Vaccination in Burma 1912-1922 - 1912-1922
Year: 1912
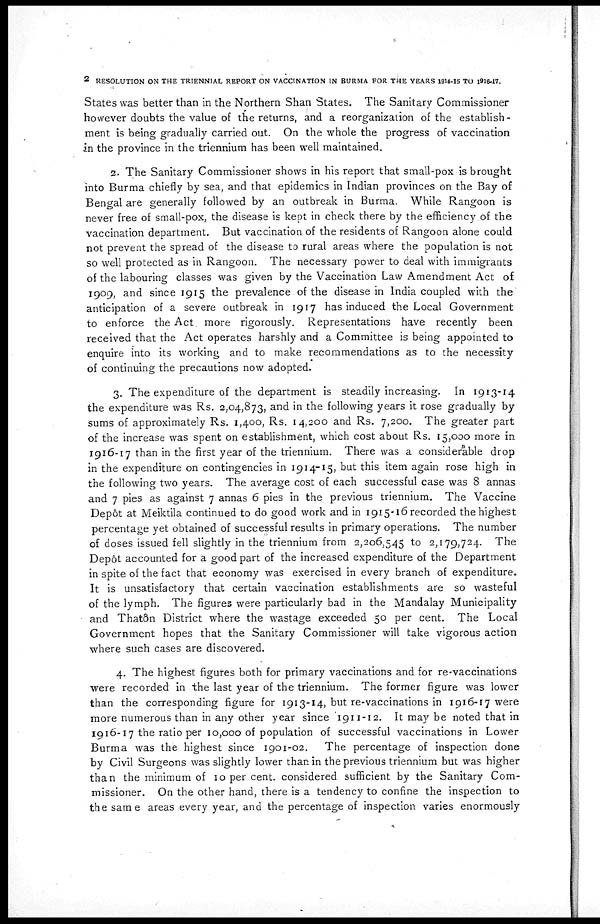
2 RESOLUTION ON THE TRIENNIAL REPORT ON VACCINATION IN BURMA FOR THE YEARS 1914-15 TO 1916-17.
States was better than in the Northern Shan States. The Sanitary Commissioner
however doubts the value of the returns, and a reorganization of the establish-
ment is being gradually carried out. On the whole the progress of vaccination
in the province in the triennium has been well maintained.
2. The Sanitary Commissioner shows in his report that small-pox is brought
into Burma chiefly by sea, and that epidemics in Indian provinces on the Bay of
Bengal are generally followed by an outbreak in Burma. While Rangoon is
never free of small-pox, the disease is kept in check there by the efficiency of the
vaccination department. But vaccination of the residents of Rangoon alone could
not prevent the spread of the disease to rural areas where the population is not
so well protected as in Rangoon. The necessary power to deal with immigrants
of the labouring classes was given by the Vaccination Law Amendment Act of
1909, and since 1915 the prevalence of the disease in India coupled with the
anticipation of a severe outbreak in 1917 has induced the Local Government
to enforce the Act. more rigorously. Representations have recently been
received that the Act operates harshly and a Committee is being appointed to
enquire into its working and to make recommendations as to the necessity
of continuing the precautions now adopted.
3. The expenditure of the department is steadily increasing. In 1913-14
the expenditure was Rs. 2,04,873, and in the following years it rose gradually by
sums of approximately Rs. 1,400, Rs. 14,200 and Rs. 7,200. The greater part
of the increase was spent on establishment, which cost about Rs. 15,000 more in
1916-17 than in the first year of the triennium. There was a considerable drop
in the expenditure on contingencies in 1914-15, but this item again rose high in
the following two years. The average cost of each successful case was 8 annas
and 7 pies as against 7 annas 6 pies in the previous triennium. The Vaccine
Depôt at Meiktila continued to do good work and in 1915-16 recorded the highest
percentage yet obtained of successful results in primary operations. The number
of doses issued fell slightly in the triennium from 2,206,545 to 2,179,724. The
Depôt accounted for a good part of the increased expenditure of the Department
in spite of the fact that economy was exercised in every branch of expenditure.
It is unsatisfactory that certain vaccination establishments are so wasteful
of the lymph. The figures were particularly bad in the Mandalay Municipality
and Thatôn District where the wastage exceeded 50 per cent. The Local
Government hopes that the Sanitary Commissioner will take vigorous action
where such cases are discovered.
4. The highest figures both for primary vaccinations and for re-vaccinations
were recorded in the last year of the triennium. The former figure was lower
than the corresponding figure for 1913-14, but re-vaccinations in 1916-17 were
more numerous than in any other year since 1911-12. It may be noted that in
1916-17 the ratio per 10,000 of population of successful vaccinations in Lower
Burma was the highest since 1901-02. The percentage of inspection done
by Civil Surgeons was slightly lower than in the previous triennium but was higher
than the minimum of 10 per cent. considered sufficient by the Sanitary Com-
missioner. On the other hand, there is a tendency to confine the inspection to
the same areas every year, and the percentage of inspection varies enormously